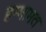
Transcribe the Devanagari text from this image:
हम्मामत